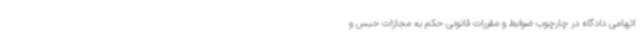
اتهامی دادگاه در چارچوب ضوابط و مقررات قانونی حکم به مجازات حبس و